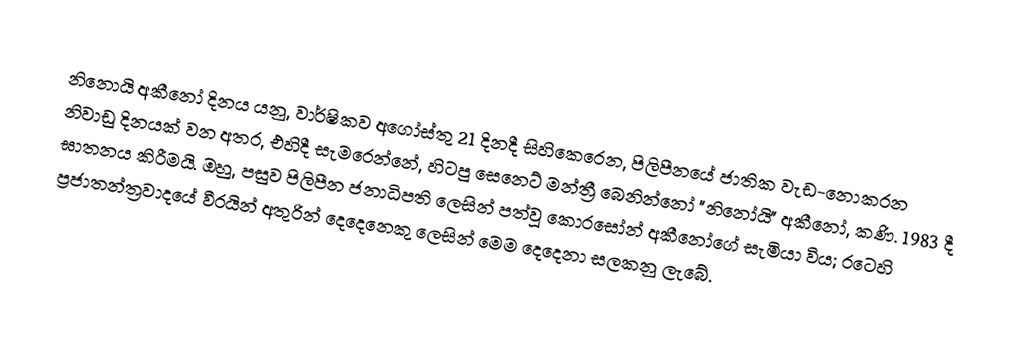
නිනොයි අකීනෝ දිනය යනු, වාර්ෂිකව අගෝස්තු 21 දිනදී සිහිකෙරෙන, පිලිපීනයේ ජාතික වැඩ-නොකරන නිවාඩු දිනයක් වන අතර, එහිදී සැමරෙන්නේ, හිටපු  සෙනෙට් මන්ත්‍රී බෙනින්නෝ  "නිනෝයි" අකීනෝ, කණි. 1983 දී ඝාතනය කිරීමයි. ඔහු, පසුව පිලිපීන ජනාධිපති ලෙසින් පත්වූ කොරසෝන් අකීනෝගේ සැමියා විය; රටෙහි  ප්‍රජාතන්ත්‍රවාදයේ වීරයින් අතුරින් දෙදෙනෙකු ලෙසින් මෙම දෙදෙනා සලකනු ලැබේ.